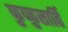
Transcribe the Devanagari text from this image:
फुप्फुसार्ति